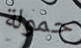
حمولة